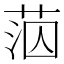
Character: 𦰪